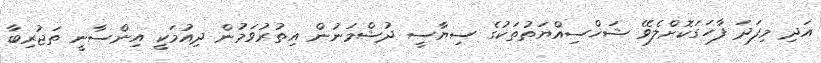
އަދި މިފަދަ ފާހަގަކޮށްލެވޭ ޝަޚްސިއްޔަތުތަކުގެ ސިޔާސީ ދުޝްމަނުން އިތުރުވަމުން ދިއުމަކީ އިންސާނީ ތަޖުރިބާ